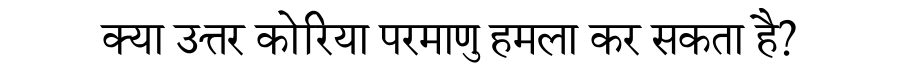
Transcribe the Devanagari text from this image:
क्या उत्तर कोरिया परमाणु हमला कर सकता है?